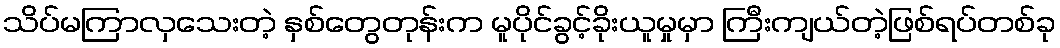
သိပ်မကြာလှသေးတဲ့ နှစ်တွေတုန်းက မူပိုင်ခွင့်ခိုးယူမှုမှာ ကြီးကျယ်တဲ့ဖြစ်ရပ်တစ်ခု